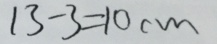
1 3 - 3 = 1 0 c m